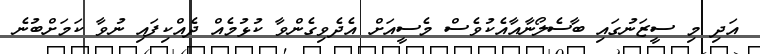
އަދި މި ސީޒަނުގައި ބާސެލޯނާއާއެކުވެސް މެސީއަށް އެދެވިގެންވާ ކުޅުމެއް ދެއްކިފައި ނުވާ ކަމަށްބުނެ